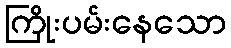
ကြိုးပမ်းနေသော